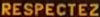
RESPECTEZ